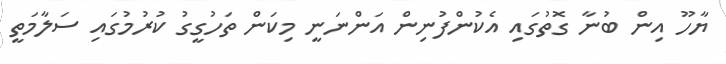
ޔާހޫ އިން ބުނާ ގޮތުގައި އެކުންފުނިން އަންނަނީ މިކަން ތަހުގީގު ކުރުމުގައި ސަލާމަތީ